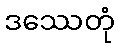
ဒဿေတုံ